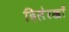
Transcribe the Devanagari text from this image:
दिलेरखाँ